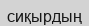
сиқырдың